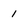
Character: 1